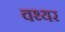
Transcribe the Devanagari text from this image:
वथ्यर